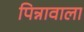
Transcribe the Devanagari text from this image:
पिन्नावाला